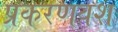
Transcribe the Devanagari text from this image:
प्रकरणवश